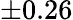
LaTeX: \pm 0.26